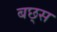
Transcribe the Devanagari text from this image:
बछ्स